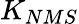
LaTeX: K_{NMS}